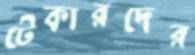
টেকারদের